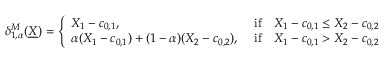
\begin{array} { r } { \delta _ { 1 , \alpha } ^ { M } ( \underline { { X } } ) = \left\{ \begin{array} { l l } { X _ { 1 } - c _ { 0 , 1 } , } & { \mathrm { ~ i f } \quad X _ { 1 } - c _ { 0 , 1 } \leq X _ { 2 } - c _ { 0 , 2 } } \\ { \alpha ( X _ { 1 } - c _ { 0 , 1 } ) + ( 1 - \alpha ) ( X _ { 2 } - c _ { 0 , 2 } ) , } & { \mathrm { ~ i f } \quad X _ { 1 } - c _ { 0 , 1 } > X _ { 2 } - c _ { 0 , 2 } } \end{array} \right. } \end{array}